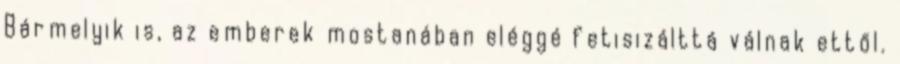
Bármelyik is, az emberek mostanában eléggé fetisizálttá válnak ettől.